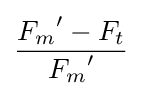
{\frac {{F_{m}}'-F_{t}}{{F_{m}}'}}